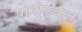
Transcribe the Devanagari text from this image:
पानोळ्यात